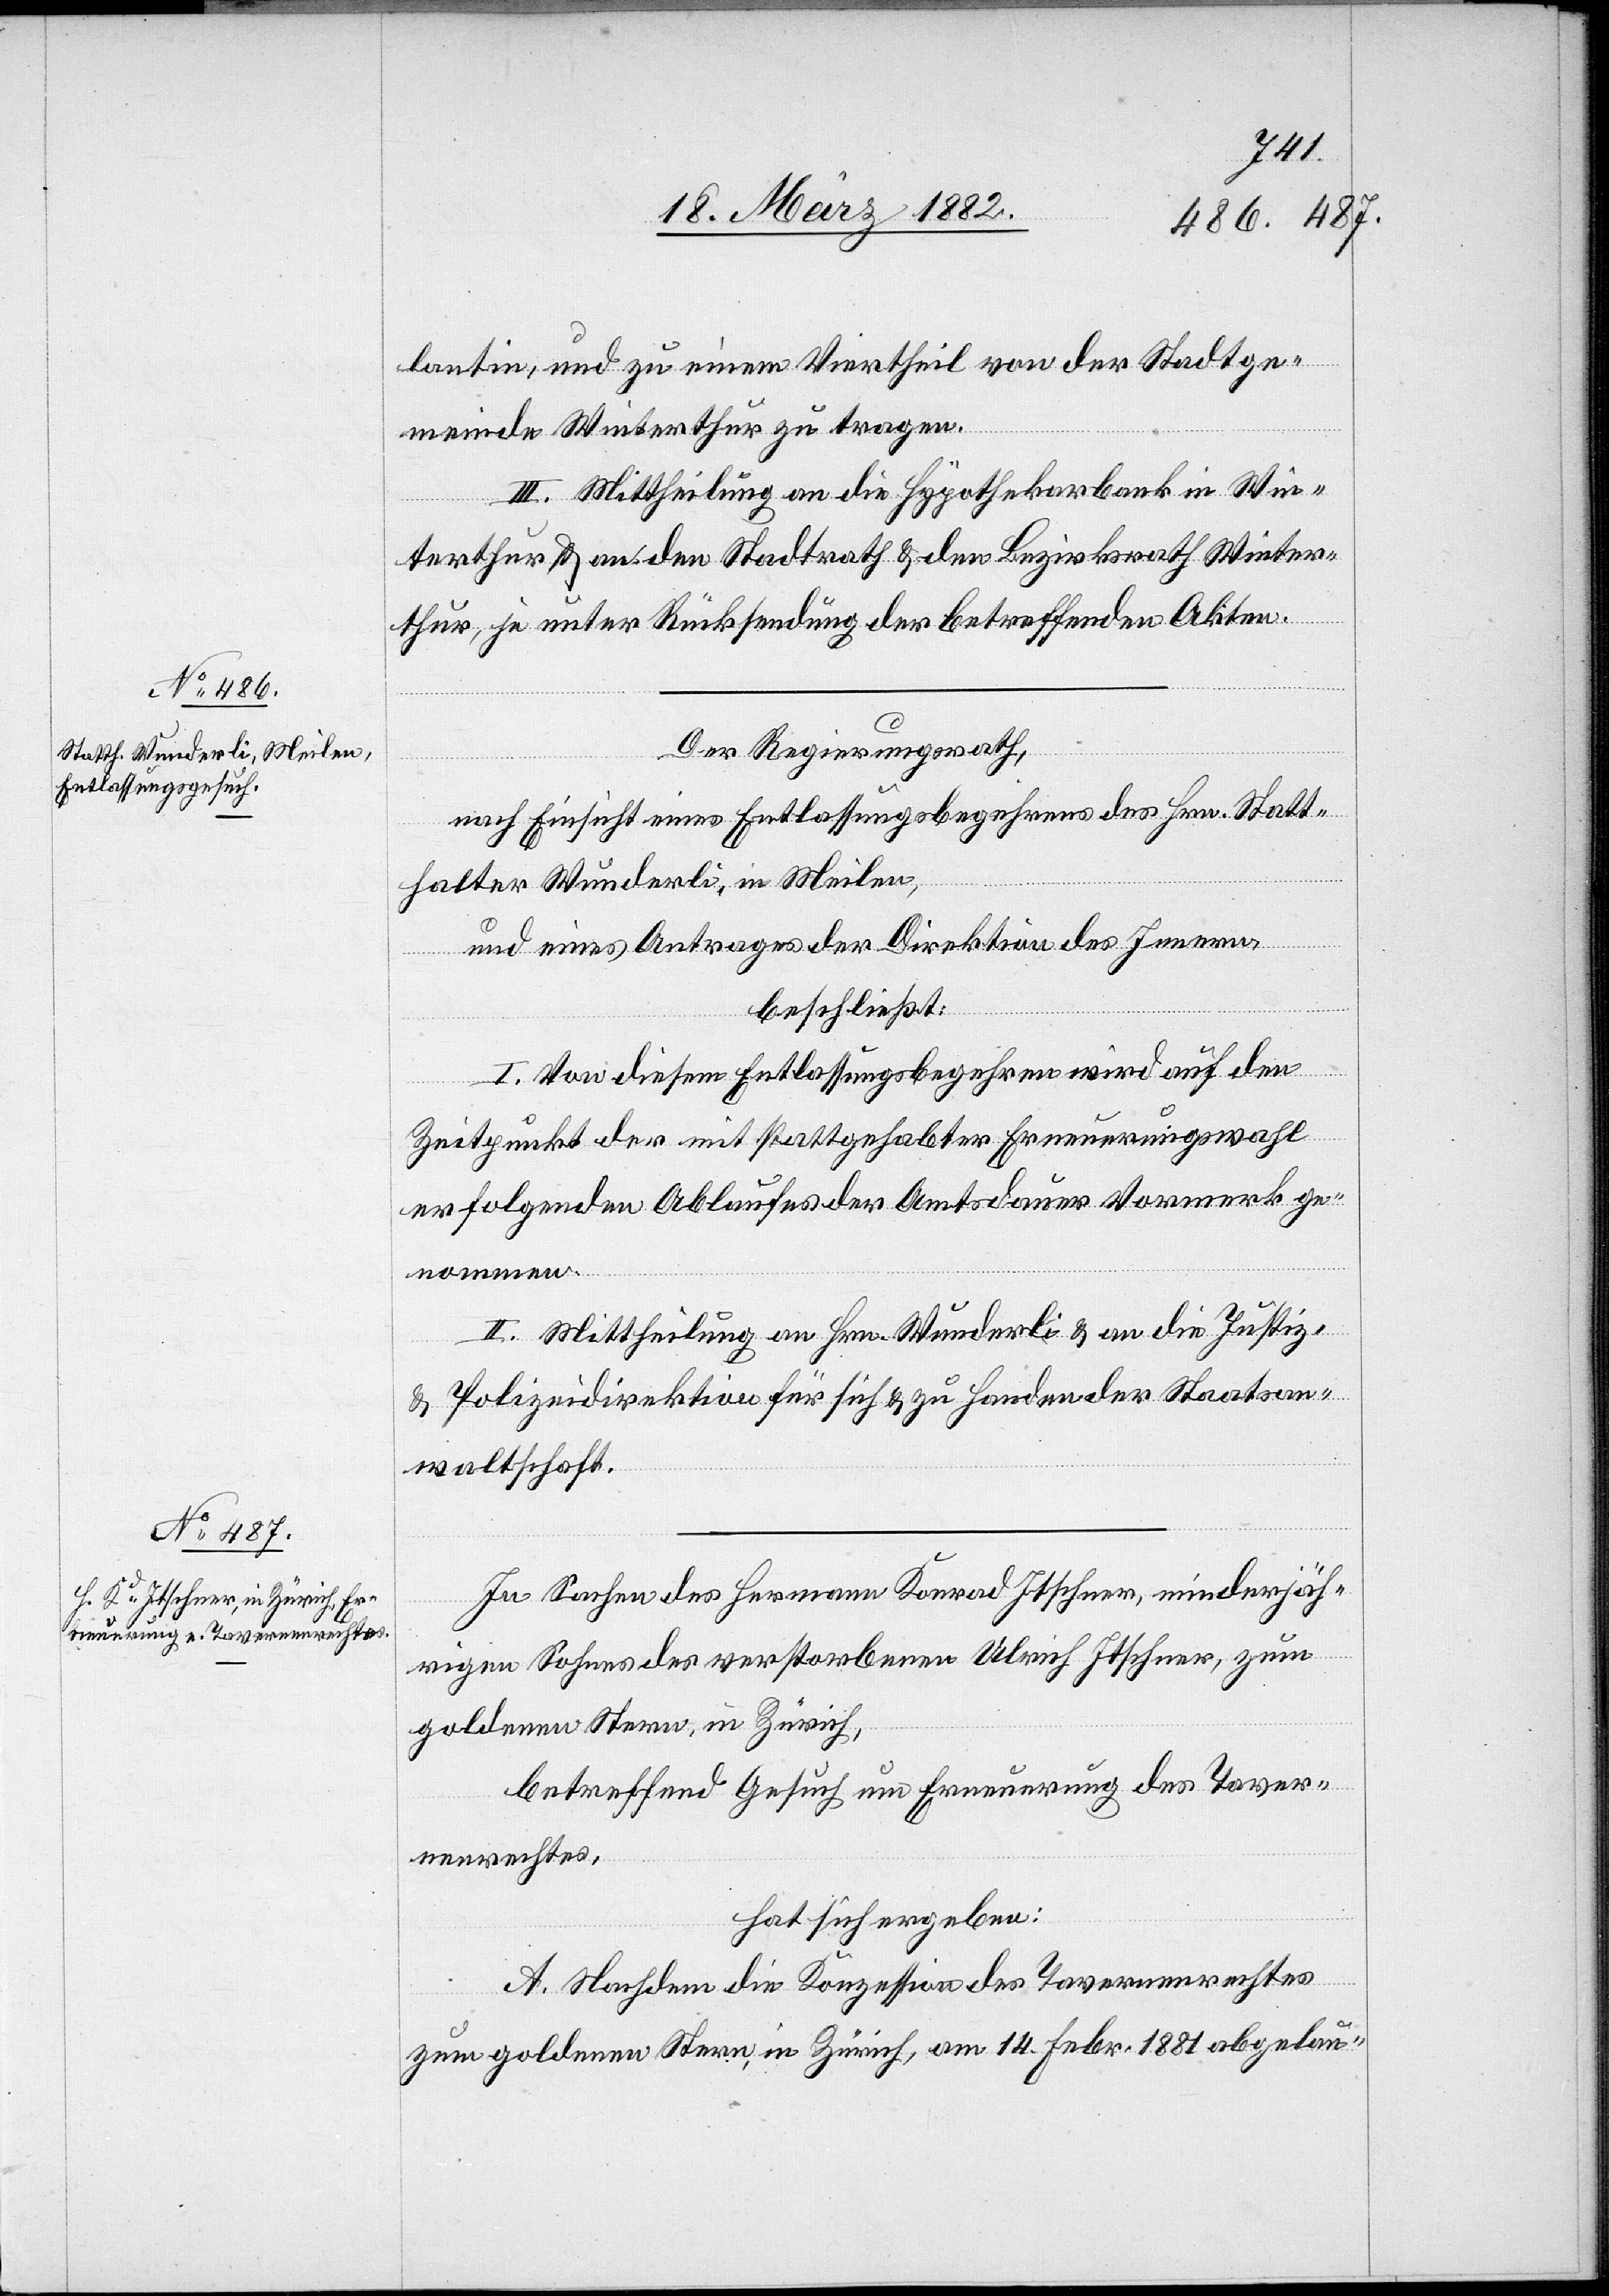
Der Regierungsrath,
nach Einsicht eines Entlassungsbegehrens des Hrn. Statt¬
halter Wunderli, in Meilen,
und eines Antrages der Direktion des Innern,
beschließt:
I. Von diesem Entlassungsbegehren wird auf den
Zeitpunkt des mit stattgehabter Erneuerungswahl
erfolgenden Ablaufs der Amtsdauer Vormerk ge¬
nommen.
II. Mittheilung an Hrn. Wunderli & an die Justiz-
Polizeidirektion für sich & zu Handen der Staatsan¬
waltschaft.
In Sachen des Hermann Konrad Itscher, minderjäh¬
rigen Sohnes des verstorbenen Ulrich Itscher, zum
Goldenen Stern, in Zürich,
betreffend Gesuch um Erneuerung des Taver¬
nenrechtes,
hat sich ergeben:
A. Nachdem die Konzession des Tavernenrechtes
zum goldenen Stern, in Zürich, am 14. Febr. 1881 abgelau-